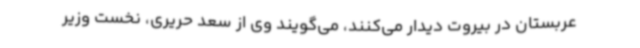
عربستان در بیروت دیدار می‌کنند، می‌گویند وی از سعد حریری، نخست وزیر